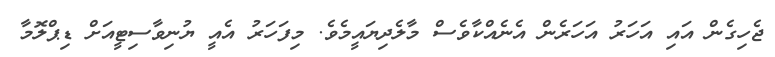
ޖެހިގެން އައި އަހަރު އަހަރެން އެނެއްކާވެސް މާލެދިޔައީމެވެ. މިފަހަރު އެއީ ޔުނިވާސިޓީއަށް ޑިޕްލޮމާ